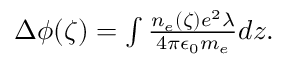
\begin{array} { r } { \Delta \phi ( \zeta ) = \int \frac { n _ { e } ( \zeta ) e ^ { 2 } \lambda } { 4 \pi \epsilon _ { 0 } m _ { e } } d z . } \end{array}